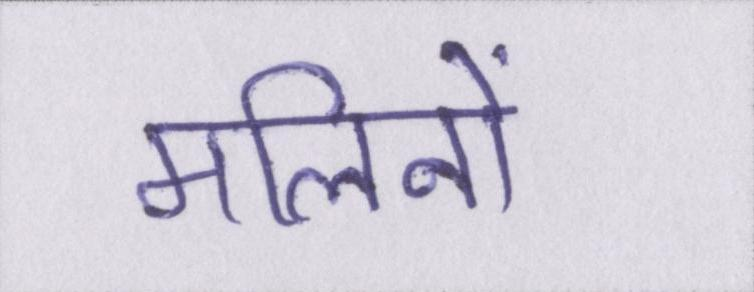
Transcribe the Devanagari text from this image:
मलिनों